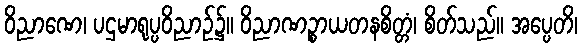
ဝိညာဏေ၊ ပဌမာရုပ္ပဝိညာဉ်၌။ ဝိညာဏဉ္စာယတနစိတ္တံ၊ စိတ်သည်။ အပ္ပေတိ၊